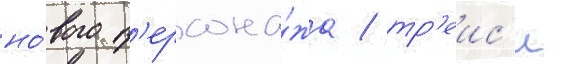
но́вого п'ерсона́жа / тр'еис'и